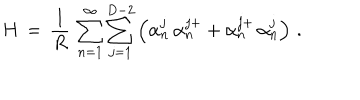
H \, = \, \frac { 1 } { R } \, \sum _ { n = 1 } ^ { \infty } \sum _ { j = 1 } ^ { D - 2 } \left( \alpha _ { n } ^ { j } \, \alpha _ { n } ^ { j + } + \alpha _ { n } ^ { j + } \, \alpha _ { n } ^ { j } \right) \, { . }